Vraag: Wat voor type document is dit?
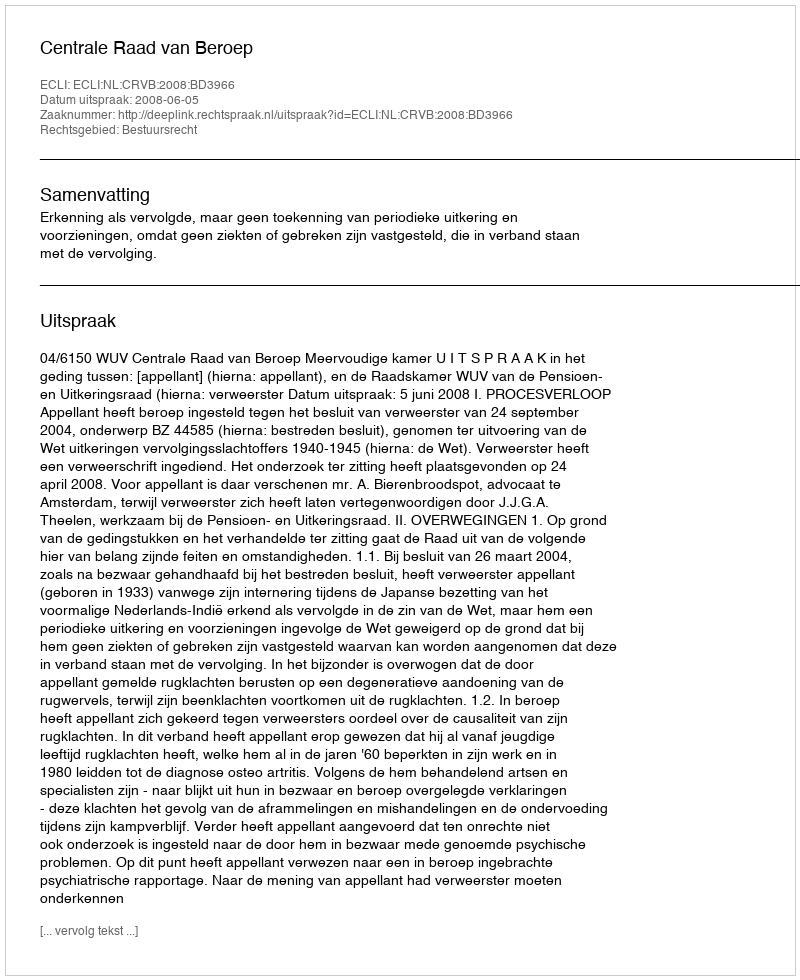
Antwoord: Uitspraak